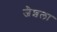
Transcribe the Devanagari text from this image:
जैशला